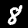
Label: 8